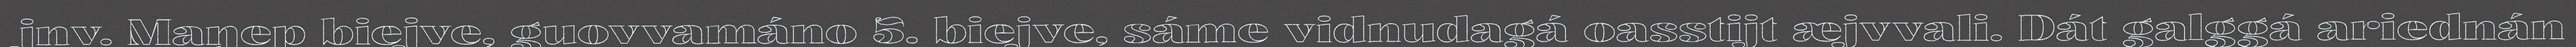
jnv. Maŋep biejve, guovvamáno 5. biejve, sáme vidnudagá oasstijt æjvvali. Dát galggá ariednán